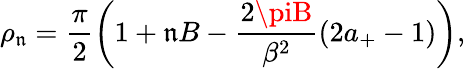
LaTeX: \rho_{\mathfrak{n}}=\frac{{\pi}}{{2}}\left(1+\mathfrak{n}B-\frac{{2\piB}}{{\beta^{2}}}(2a_{+}-1)\right),